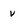
Character: v